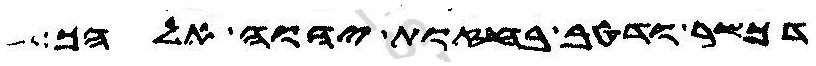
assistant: דכשר ודטב בחזות יהוה אלהך